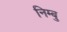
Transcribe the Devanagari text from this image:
निम्बु